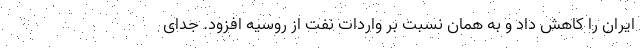
ایران را کاهش داد و به همان نسبت بر واردات نفت از روسیه افزود. جدای